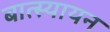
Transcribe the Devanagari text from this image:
बात्स्यायन